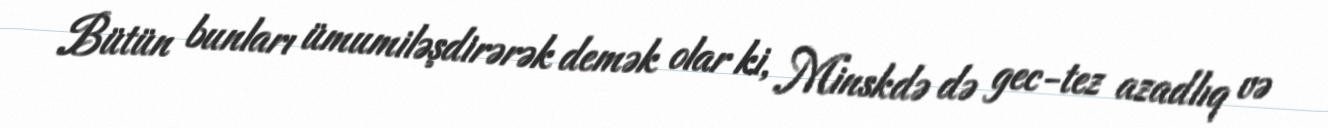
Bütün bunları ümumiləşdirərək demək olar ki, Minskdə də gec-tez azadlıq və